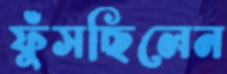
ফুঁসছিলেন